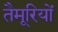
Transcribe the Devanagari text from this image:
तैमूरियों